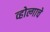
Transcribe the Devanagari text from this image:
व्होल्गाचे